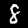
Label: 8